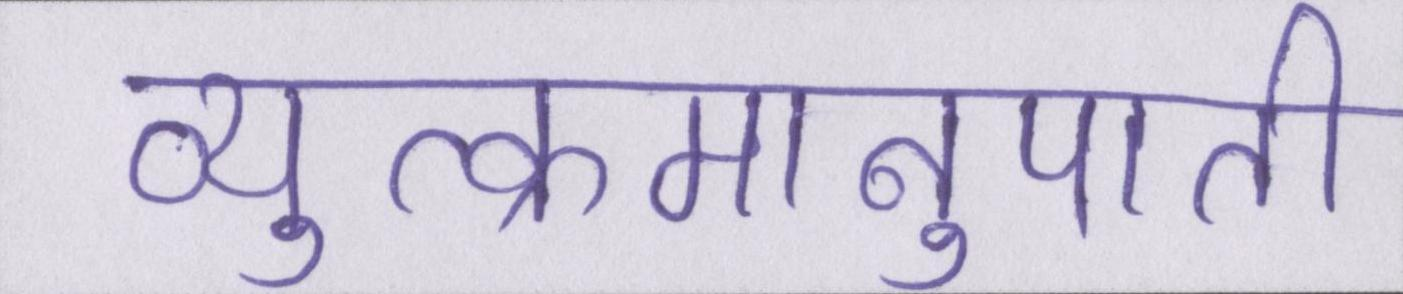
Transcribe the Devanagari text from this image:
व्युत्क्रमानुपाती